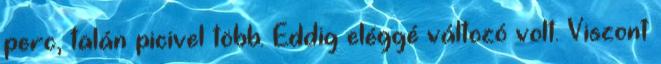
perc, talán picivel több. Eddig eléggé változó volt. Viszont